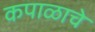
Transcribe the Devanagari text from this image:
कपाळाचे